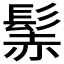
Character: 𩭑